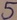
Text: 5